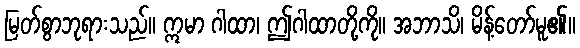
မြတ်စွာဘုရားသည်။ ဣမာ ဂါထာ၊ ဤဂါထာတို့ကို။ အဘာသိ၊ မိန့်တော်မူ၏။